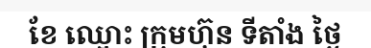
ខែ ឈ្មោះ ក្រុមហ៊ុន ទីតាំង ថ្ងៃ